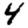
Digit: 4